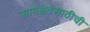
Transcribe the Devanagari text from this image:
सापेक्षतेसाठीची